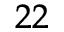
^ { 2 2 }